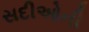
સદીઓની